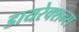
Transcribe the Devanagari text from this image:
डायरेक्शन्स